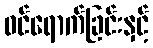
ဝင်ရောက်ခြင်းနှင့်